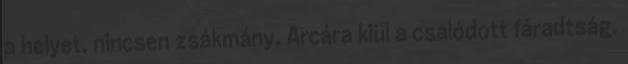
a helyet, nincsen zsákmány. Arcára kiül a csalódott fáradtság,